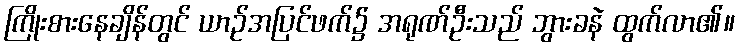
ကြိုးစားနေချိန်တွင် ယာဉ်အပြင်ဖက်၌ အရုဏ်ဦးသည် ဘွားခနဲ ထွက်လာ၏။